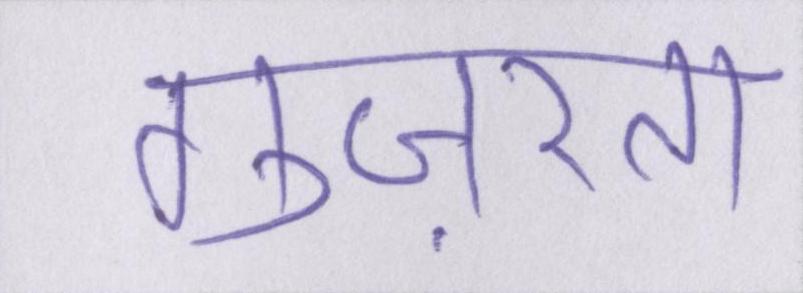
गुज़रता